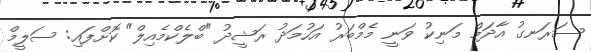
ސަރަނގު އާދަމް މަނިކު ވަނީ މެމްބަރު އަހުމަދު ރަޝީދު "ބްލެކްމެއިލް" ކޮށްފައި: ސަލީމް